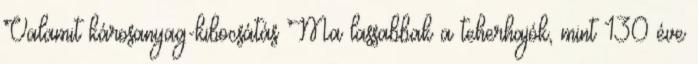
Valamit károsanyag-kibocsátás Ma lassabbak a teherhajók, mint 130 éve